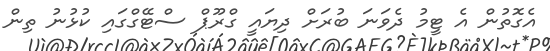
އެގޮތުން އެ ޓީމު ދެވަނަ ބުރަށް ދިޔައީ ގްރޫޕް ސްޓޭގްގައި ކުޅުނު ތިން